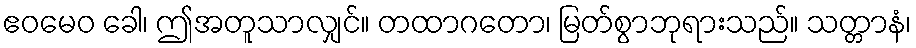
ဧဝမေဝ ခေါ၊ ဤအတူသာလျှင်။ တထာဂတော၊ မြတ်စွာဘုရားသည်။ သတ္တာနံ၊